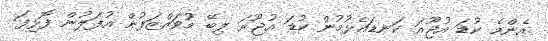
އެންމެ ކުޑަ އުޖޫރަ ކަނޑައެޅުމުން ކުޑަ އުޖޫރަ ލިބޭ މުވައްޒަފުން އުފަލުން ފޮޅިފަ